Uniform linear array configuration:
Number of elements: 64
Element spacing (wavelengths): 0.25
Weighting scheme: uniform
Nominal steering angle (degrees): -15
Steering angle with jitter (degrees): -15.738
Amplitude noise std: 0.05
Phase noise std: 0.05

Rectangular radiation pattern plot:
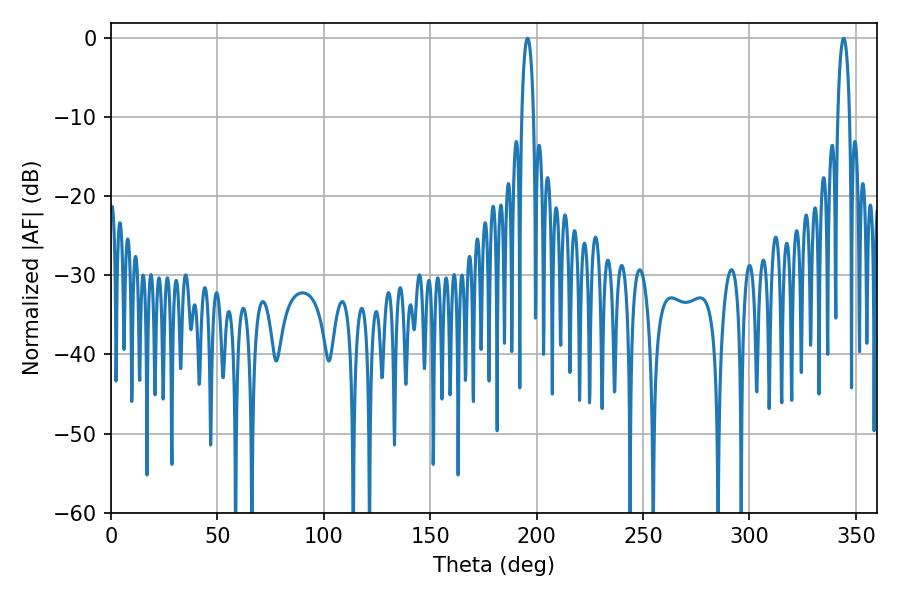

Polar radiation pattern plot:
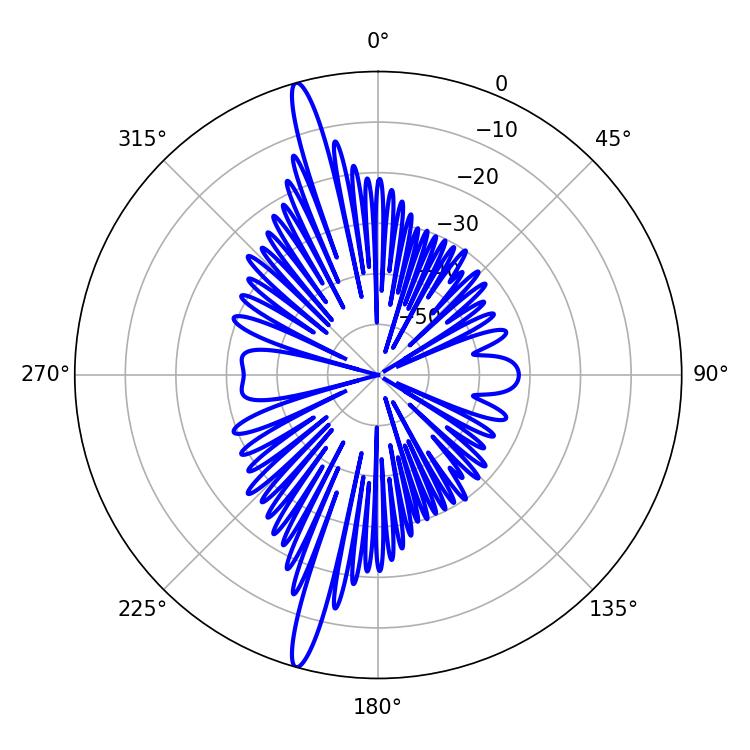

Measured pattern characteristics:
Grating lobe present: FALSE
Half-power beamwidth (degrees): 3.06
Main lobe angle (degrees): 195.66